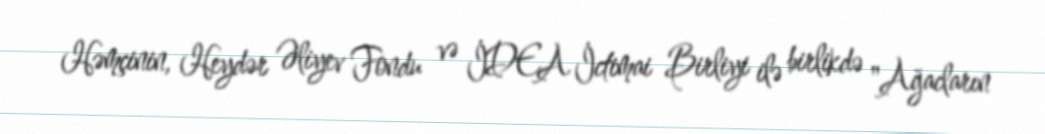
Həmçinin, Heydər Əliyev Fondu və İDEA İctimai Birliyi ilə birlikdə "Ağacların